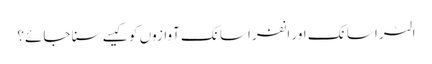
اَلٹرا سانک اور اِنفراسانک آوازوں کو کیسے سنا جائے؟